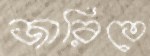
জারিতে